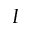
I